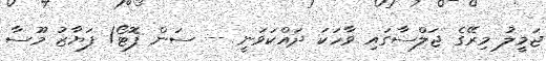
ޖަމީލު މިރޭގެ ޖަލްސާގައި ވާހަކަ ދައްކަވަނީ -- ސަން ފޮޓޯ/ ފަޔާޒު މޫސާ